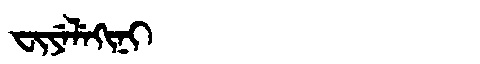
Manchu: ᠸᡳᠶᡝᠯᡝᡴᡳᠨᡳ
Romanization: FIYELEKINI